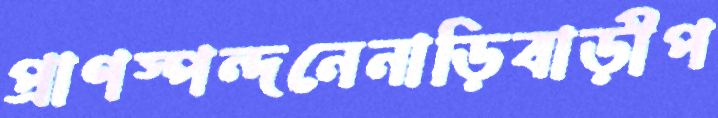
প্রাণস্পন্দনেনাড়িবাড়ীপ